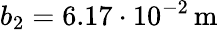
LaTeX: b_{2}=6.17\cdot 10^{-2}\, \mathrm{m}